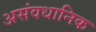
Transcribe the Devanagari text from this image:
असंवधानिक